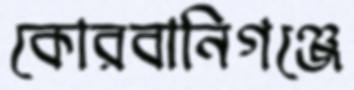
কোরবানিগঞ্জে